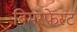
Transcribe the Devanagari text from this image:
बिमरफेस्ट